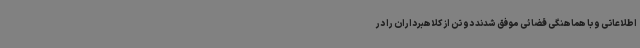
اطلاعاتی و با هماهنگی قضائی موفق شدند دو تن از کلاهبرداران را در